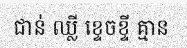
ជាន់ ឈ្លី ខ្ទេចខ្ទី គ្មាន